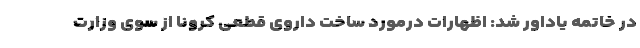
در خاتمه یاداور شد: اظهارات درمورد ساخت داروی قطعی کرونا از سوی وزارت